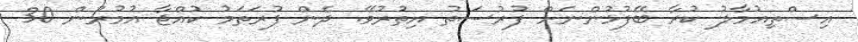
އިސްތިއުމާލު ކުރާ ބޭފުޅުންނަށް ފުރުސަތު އިތުރުވޭ. ދެން ފުރަތަމު ކުއްޖާ އުމުރުން 30